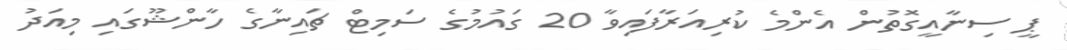
ޕީ ސިނާއީގޮތުން އެންމެ ކުރިއަރާފައިވާ 20 ގައުމުގެ ސަމިޓް ޗައިނާގެ ހާންޝޫގައި މިއަދު